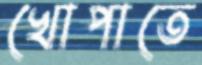
খোপাতে